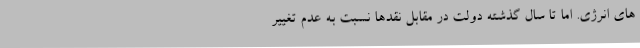
های انرژی. اما تا سال گذشته دولت در مقابل نقدها نسبت به عدم تغییر